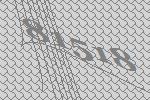
81518